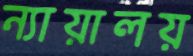
ন্যায়ালয়